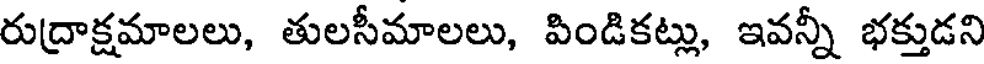
రుద్రాక్షమాలలు, తులసీమాలలు, పిండికట్లు, ఇవన్నీ భక్తుడని